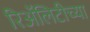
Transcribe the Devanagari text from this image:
रिॲलिटीच्या